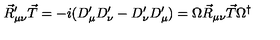
\vec { R } _ { \mu \nu } ^ { \prime } \vec { T } = - i ( D _ { \mu } ^ { \prime } D _ { \nu } ^ { \prime } - D _ { \nu } ^ { \prime } D _ { \mu } ^ { \prime } ) = \Omega \vec { R } _ { \mu \nu } \vec { T } \Omega ^ { \dagger }